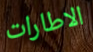
الاطارات